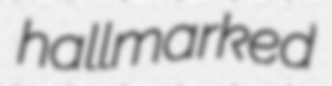
hallmarked